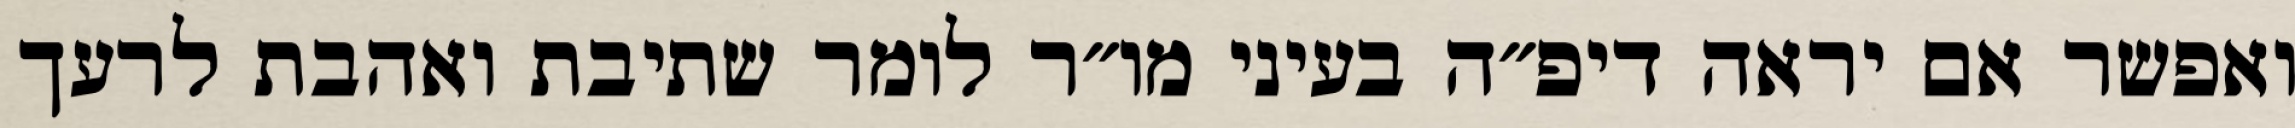
ואפשר אם יראה דיפ״ה בעיני מו״ר לומר שתיבת ואהבת לרעך